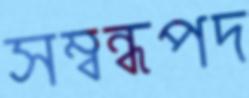
সম্বন্ধপদ